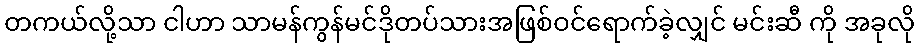
တကယ်လို့သာ ငါဟာ သာမန်ကွန်မင်ဒိုတပ်သားအဖြစ်ဝင်ရောက်ခဲ့လျှင် မင်းဆီ ကို အခုလို